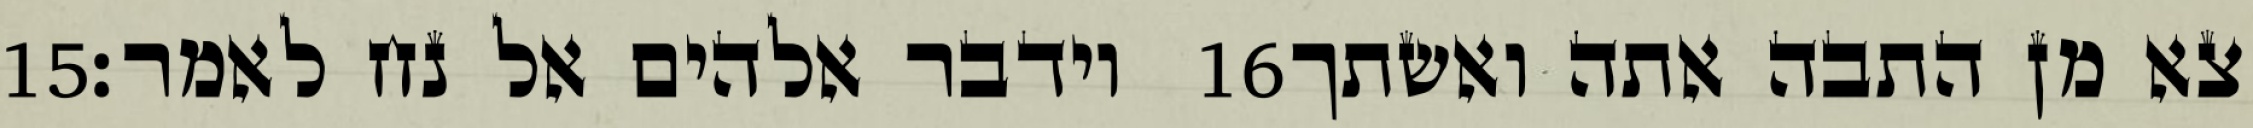
‎15‏ וידבר אלהים אל נח לאמר׃ ‎16‏ צא מן התבה אתה ואשתך